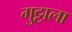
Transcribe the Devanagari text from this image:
गुट्टाला